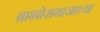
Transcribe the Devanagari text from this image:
ब्राह्मोसमाजाच्या